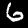
Label: 6